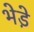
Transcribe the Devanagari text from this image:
भेडे़